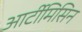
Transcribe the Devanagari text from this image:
आर्टीमिसिन